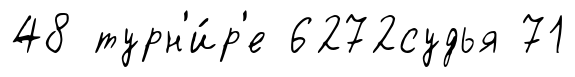
48 турн'и́р'е 6272судья 71